Report on sanitation, dispensaries, and jails in Rajputana for 1912, and on vaccination for the year 1912-1913 - 1912-1913
Year: 1912
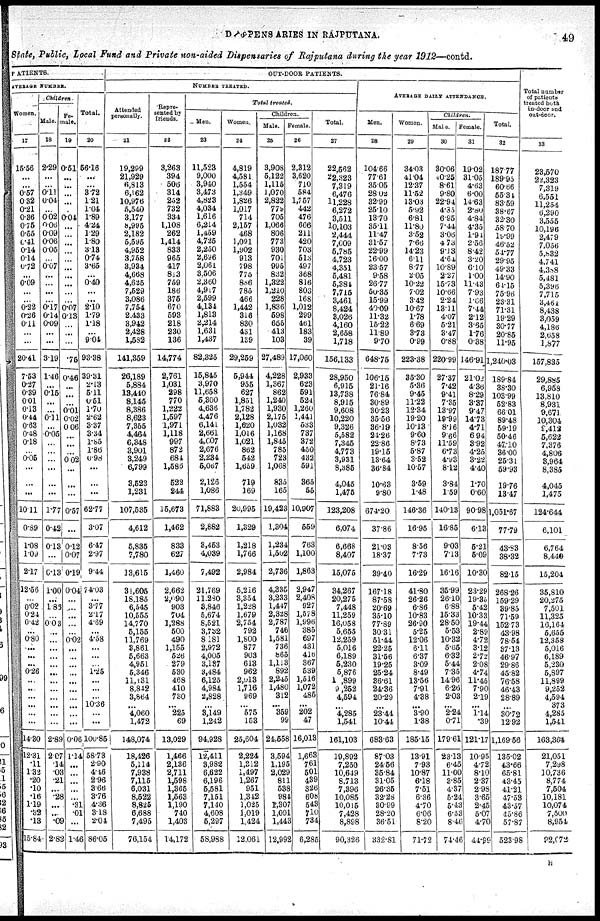
DISPENSARIES IN RAJPUTANA.
49
State, Public, Local Fund and Private non-aided Dispensaries of Rajputana during the year 1912—contd.
PATIENTS.
AVERAGE NUMBER.
Women.
17
15.56
...
...
0.57
0.32
0.21
0.36
0.75
0.55
0.41
0.14
0.14
0.72
...
0.09
...
...
0.22
0.26
0.11
...
...
20.41
7.53
0.27
0.39
0.01
0.13
0.44
0.63
0.48
0.18
...
0.05
...
...
...
10.11
0.89
1.08
1.00
2.17
12.56
...
0.02
0.24
0.42
...
0.80
...
...
...
0.26
...
..
...
...
...
...
14.30
12.31
.11
1.32
.20
.10
.16
1.19
.32
.13
15.84
Children
Male
18
2.29
...
...
0.11
0.04
...
0.02
0.06
0.09
0.06
0.05
...
0.07
...
...
...
...
0.17
0.14
0.09
...
...
3.19
1.46
...
0.15
...
...
0.11
...
0.05
...
...
...
...
...
...
1.77
0.42
0.13
...
0.13
1.00
...
1.88
...
0.03
...
...
...
...
...
...
...
...
...
...
...
...
2.89
2.07
.14
.03
.21
...
.28
...
...
.09
2.82
Fe-
male.
19
0.51
...
...
...
...
...
0.04
...
...
...
...
...
...
...
...
...
...
0.07
0.13
...
...
...
75
0.46
...
...
...
0.01
0.02
0.06
...
...
...
0.02
...
...
...
0.57
...
0.12
0.07
0.19
0.04
...
...
...
...
...
0.02
...
...
...
...
...
...
...
...
...
...
0.06
1.14
...
...
...
...
...
.31
.01
...
1.46
Total.
20
56.16
...
...
3.72
1.21
1.04
1.89
4.24
1.29
1.80
3.13
0.74
3.65
...
0.40
...
...
2.10
1.79
1.18
...
9.04
93.38
39.31
2.13
5.11
0.51
1.70
2.62
3.37
3.34
1.85
1.86
0.98
...
...
...
62.77
3.07
6.47
2.97
9.44
74.03
...
3.77
2.17
4.69
...
4.58
...
...
...
1.25
...
...
...
10.36
...
...
100.85
58.73
2.90
4.16
2.96
3.66
3.76
4.36
3.18
2.04
86.05
OUT-DOOR PATIENTS.
NUMBER TREATED.
Attended
personally.
21
19,209
21,929
6,813
6,162
10,976
5,540
3,177
8,995
2,182
5,595
4,952
3,758
3,934
4,667
4,625
7,529
3,086
7,754
2,433
3,942
2,428
1,582
141,359
26,189
5,884
13,440
8,145
8,386
8,623
7,355
4,464
6,348
3,901
3,249
6,799
3,523
1,231
107,535
4,612
5,835
7,780
13,615
31,605
18,185
6,545
10,555
14,770
5,155
11,769
3,861
5,663
4,951
6,346
11,131
8,842
3,864
...
4,060
1,472
148,074
18,426
5,114
7,938
7,115
6,031
8,522
8,825
6,688
7,495
76,154
Repre-
sented by
friends.
22
3,263
394
506
314
252
732
334
1,108
262
1,414
833
965
417
813
759
186
375
670
593
218
230
136
14,774
2,761
1,031
298
770
1,222
1,597
1,971
1,118
997
872
684
1,586
522
244
15,673
1,462
833
627
1,460
2,662
2,090
903
704
1,288
500
490
1,155
526
279
530
468
410
780
...
225
69
13,029
1,466
2,136
2,711
1,598
1,365
1,563
1,190
740
1,403
14,172
Total treated
Men.
23
11,523
9,000
3,940
3,473
4,823
4,034
1,616
6,214
1,459
4,725
2,250
2,696
2,061
3,506
2,360
4,917
2,599
4,134
1,813
2,214
1,631
1,437
82,325
15,845
3,970
11,658
5,300
4,636
4,476
6,141
2,661
4,007
2,676
2,234
5,067
2,126
1,086
71,883
2,882
3,453
4,039
7,492
21,769
11,280
3,846
5,674
8,521
3,732
8,181
2,972
4,005
3,137
3,484
6,125
4,984
2,828
...
3,149
1,242
94,928
12,411
3,982
6,622
6,196
5,581
7,151
7,140
4,608
5,297
58,988
Women
24
4,819
4,581
1,554
1,349
1,826
1,017
714
2,157
468
1,091
1,902
913
798
775
886
785
466
1,442
316
830
451
139
29,259
5,944
955
627
1,851
1,782
2,128
1,620
1,016
1,021
862
542
1,659
719
169
20,995
1,329
1,218
1,766
2,984
5,216
3,354
1,228
1,679
2,754
792
1,800
877
903
613
962
2,013
1,716
969
...
575
153
25,604
2,224
1,312
1,497
1,267
951
1,342
1,025
1,019
1,424
12,061
Children.
Male.
25
3,908
5,122
1,115
1,070
2,822
779
705
1,066
806
773
930
701
995
832
1,322
1,210
228
1,836
598
655
413
103
27,489
4,228
1,367
862
1,240
1,930
2,175
1,032
1,168
1,845
785
723
1,068
835
165
19,423
1,304
1,234
1,502
2,736
4,235
3,233
1,417
2,328
2,787
746
1,581
736
865
1,113
892
2,245
1,480
312
...
359
99
24.558
3,594
1,195
2,029
811
538
984
1,307
1,091
1,443
12,992
Female.
26
2,312
3,620
710
584
1,757
442
476
666
211
420
703
513
497
368
816
803
168
1,012
299
461
183
39
17,060
2,933
623
591
524
1,260
1,441
633
737
372
450
432
591
365
55
10,907
559
763
1,100
1,863
2,947
2,408
927
1,578
1,996
385
697
431
416
367
539
1,516
1,072
485
...
202
47
16,013
1,663
761
501
439
326
603
543
710
734
6,285
Total.
27
22,562
22,323
7,319
6,476
11,228
6,272
3,511
10,103
2,444
7,009
5,785
4,723
4,351
5,481
5,384
7,715
3,461
8,424
3,026
4,160
2,658
1,718
156,133
28,950
6,915
13,738
8,915
9,608
10,220
9,326
5,582
7,345
4,773
3,931
8,385
4,045
1,475
123,208
6,074
6,668
8,407
15,075
34,267
20,275
7,448
11,259
16,058
5,655
12,259
5,016
6,189
5,230
5,876
1,899
9,252
4,594
...
4,285
1,541
161,103
19,892
7,250
10,649
8,713
7,396
10,085
10,015
7,428
8,898
90,326
AVERAGE DAILY ATTENDANCE.
Men.
28
104.66
77.61
35.05
28.02
32.99
25.10
13.70
35.11
11.47
31.57
22.99
16.00
23.57
9.58
26.77
50.35
15.99
40.09
11.32
15.22
11.89
9.70
648.75
106.15
21.16
76.84
30.89
30.23
35.56
36.19
21.26
22.86
19.15
13.64
36.84
10.63
9.80
674.20
37.86
21.03
18.37
39.40
167.18
87.58
20.69
35.10
77.89
30.31
51.44
22.25
31.56
19.25
25.24
36.61
24.36
20.29
...
23.44
10.44
683.63
87.03
24.56
35.84
31.05
26.35
32.28
30.99
28.20
36.51
332.81
Women.
29
34.03
41.04
12.37
11.52
130.08
5.92
6.81
11.80
3.52
7.66
14.23
6.11
8.77
2.05
10.22
7.02
3.42
10.67
1.78
6.69
3.73
0.99
223.38
35.30
5.36
9.45
11.22
12.34
19.20
10.13
9.60
8.73
5.87
3.52
10.57
3.59
1.48
146.36
16.95
8.56
7.73
16.29
41.80
26.26
6.86
10.83
26.90
5.25
12.06
6.11
6.37
3.09
8.49
13.56
7.91
4.38
...
3.90
1.38
185.15
13.91
7.93
10.87
6.18
7.51
6.36
4.70
6.06
8.20
71.72
Children.
Male.
30
30.06
40.25
8.61
9.80
22.94
4.35
6.95
7.44
3.06
4.73
9.13
4.64
10.89
2.27
15.73
10.66
2.24
13.11
4.07
5.21
3.47
0.88
220.99
27.37
7.42
9.41
7.35
13.97
19.99
8.16
9.66
11.59
6.73
4.93
8.12
3.84
1.59
140.13
16.86
9.03
7.13
16.16
35.99
26.10
6.88
15.33
28.50
5.53
10.32
5.65
6.32
5.44
7.35
14.96
6.26
2.03
...
2.24
0.71
179.61
23.13
6.45
11.00
3.85
4.37
5.24
5.43
6.53
8.46
74.46
Female.
31
19.02
31.05
4.63
6.00
14.63
2.80
4.84
4.35
1.94
2.56
8.42
3.20
6.10
1.00
11.43
7.93
1.06
7.44
2.12
3.65
1.76
0.38
146.91
21.02
4.36
8.29
3.37
9.47
14.73
4.71
6.94
3.92
4.25
3.22
4.40
1.70
0.60
90.98
6.13
5.21
5.09
10.30
23.29
19.33
5.42
10.33
19.44
2.89
4.72
3.12
2.72
2.08
4.74
11.45
7.90
2.19
...
1.14
.39
121.17
10.95
4.72
8.10
2.37
2.98
3.65
2.45
5.07
4.70
44.99
Total.
32
187.77
189.93
60.66
55.34
83.59
38.67
32.30
58.70
19.99
40.52
54.77
29.95
49.33
14.90
64.15
75.96
23.31
71.31
19.29
30.77
20.85
11.65
1,240.03
189.84
38.30
103.99
52.83
66.01
89.48
59.19
50.46
47.10
36.00
25.31
59.93
19.76
13.47
1,051.67
77.79
43.83
38.32
82.15
268.26
159.29
39.85
71.59
152.73
43.98
78.54
37.13
46.97
29.86
45.82
76.58
46.43
28.89
...
30.72
12.92
1,169.56
135.02
43.66
65.81
43.45
41.21
47.53
43.57
45.86
57.87
523.98
Total number
of patients
treated both
in-door and
out-door.
33
23,570
22,323
7,319
6,551
11,254
6,290
3,555
10,196
2,479
7.056
5,832
4,741
4,388
5,481
5,396
7,715
3,461
8,438
3,059
4,186
2,058
1,877
157,835
29,885
6,958
13,810
8,931
9,671
10,304
9,412
5,622
7,376
4,806
3,964
8,385
4,045
1,475
124.644
6,101
6,764
8,440
15,204
35,810
20,275
7,501
11,325
16,164
5,655
12,358
5,016
6,189
5,230
5,897
11,899
9,252
4,594
373
4,285
1,541
163,364
21,051
7,298
10,736
8,774
7,504
10,181
10,074
7,500
8,954
92,072
H